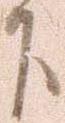
下